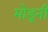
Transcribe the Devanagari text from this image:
मोडूनी